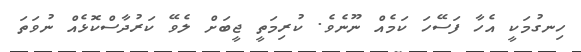
ހިނގުމަކީ އެހާ ފަސޭހަ ކަމެއް ނޫނެވެ. ކުރިމަތީ ޖީބަށް ލެވޭ ކަރުދާސްކޮޅެއް ނުވަތަ